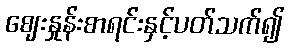
ဈေးနှုန်းစာရင်းနှင့်ပတ်သက်၍